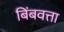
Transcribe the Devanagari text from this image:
बिंबवत्ता